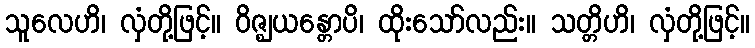
သူလေဟိ၊ လှံတို့ဖြင့်။ ဝိဇ္ဈယန္တောပိ၊ ထိုးသော်လည်း။ သတ္တိဟိ၊ လှံတို့ဖြင့်။